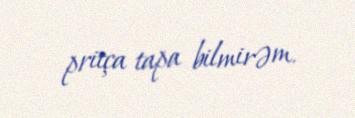
pritça tapa bilmirəm.